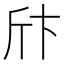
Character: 𰕞